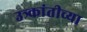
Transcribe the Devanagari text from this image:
उत्र्कांतीच्या